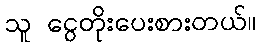
သူ ငွေတိုးပေးစားတယ်။